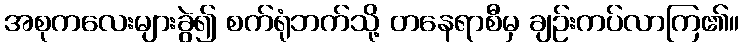
အစုကလေးများခွဲ၍ စက်ရုံဘက်သို့ တနေရာစီမှ ချဉ်းကပ်လာကြ၏။